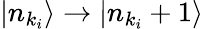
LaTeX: |n_{k_{i}}\rangle\rightarrow|n_{k_{i}}+1\rangle